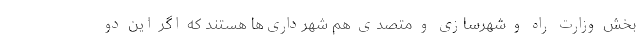
بخش وزارت راه و شهرسازی و متصدی هم شهرداری‌ها هستند که اگر این دو